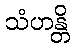
သံဟန္တိ